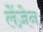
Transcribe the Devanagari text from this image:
लेंज़ेन